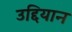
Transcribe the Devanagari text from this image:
उद्दियान